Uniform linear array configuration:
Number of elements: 12
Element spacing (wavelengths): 0.75
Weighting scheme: uniform
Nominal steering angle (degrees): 45
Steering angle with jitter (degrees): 46.76
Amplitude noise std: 0.05
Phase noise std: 0.05

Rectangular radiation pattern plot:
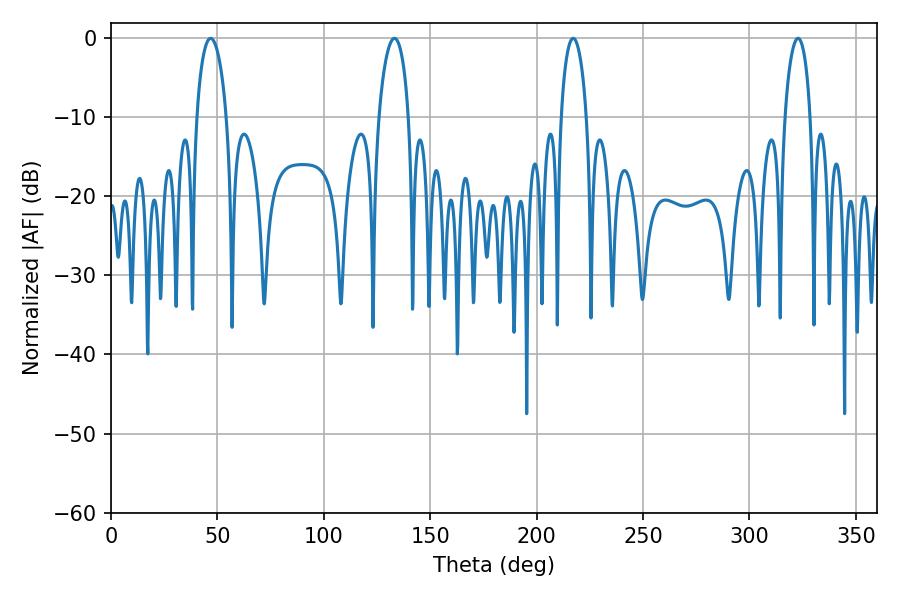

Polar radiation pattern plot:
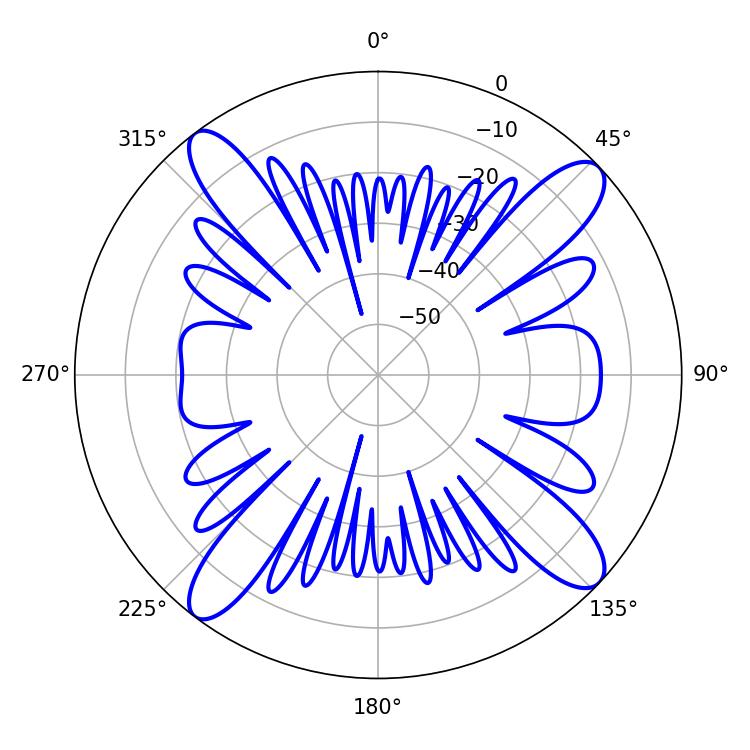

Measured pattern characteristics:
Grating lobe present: TRUE
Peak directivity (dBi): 14.455
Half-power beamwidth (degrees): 7.92
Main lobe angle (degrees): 133.2